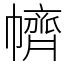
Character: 䶓